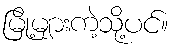
မြို့များကဲ့သို့ပင်။